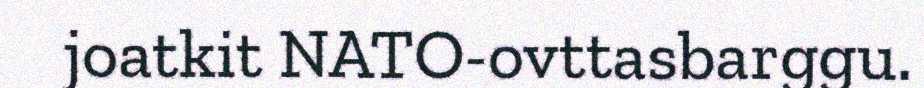
joatkit NATO-ovttasbarggu.